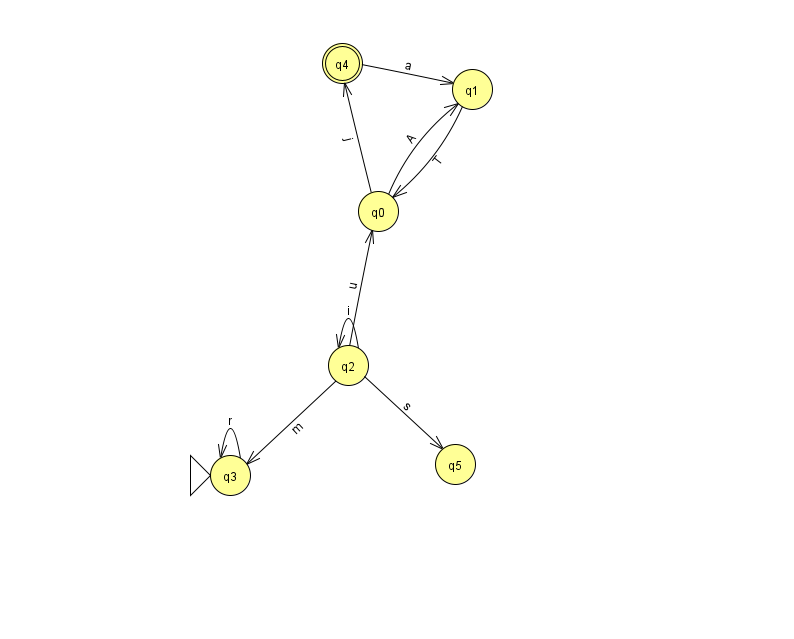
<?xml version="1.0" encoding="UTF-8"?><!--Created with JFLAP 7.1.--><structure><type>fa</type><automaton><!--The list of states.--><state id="0" name="q0"><x>378.0</x><y>198.0</y></state><state id="1" name="q1"><x>472.0</x><y>76.0</y></state><state id="2" name="q2"><x>348.0</x><y>352.0</y></state><state id="3" name="q3"><x>230.0</x><y>462.0</y><initial/></state><state id="4" name="q4"><x>342.0</x><y>50.0</y><final/></state><state id="5" name="q5"><x>455.0</x><y>451.0</y></state><!--The list of transitions.--><transition><from>3</from><to>3</to><read>r</read></transition><transition><from>1</from><to>0</to><read>T</read></transition><transition><from>2</from><to>2</to><read>i</read></transition><transition><from>2</from><to>3</to><read>m</read></transition><transition><from>2</from><to>5</to><read>s</read></transition><transition><from>4</from><to>1</to><read>a</read></transition><transition><from>2</from><to>0</to><read>u</read></transition><transition><from>0</from><to>1</to><read>A</read></transition><transition><from>0</from><to>4</to><read>j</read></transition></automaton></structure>